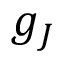
g _ { J }